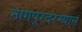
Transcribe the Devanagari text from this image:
नागपूरदरम्यान